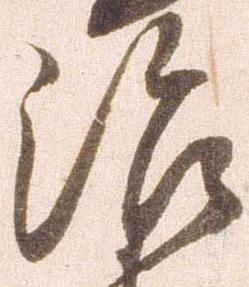
治